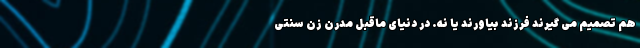
هم تصمیم می گیرند فرزند بیاورند یا نه. در دنیای ماقبل مدرن زن سنتی